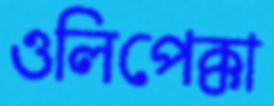
ওলিপেক্কা